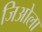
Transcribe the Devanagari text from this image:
जिओला